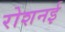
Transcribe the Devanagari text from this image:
रोशनई